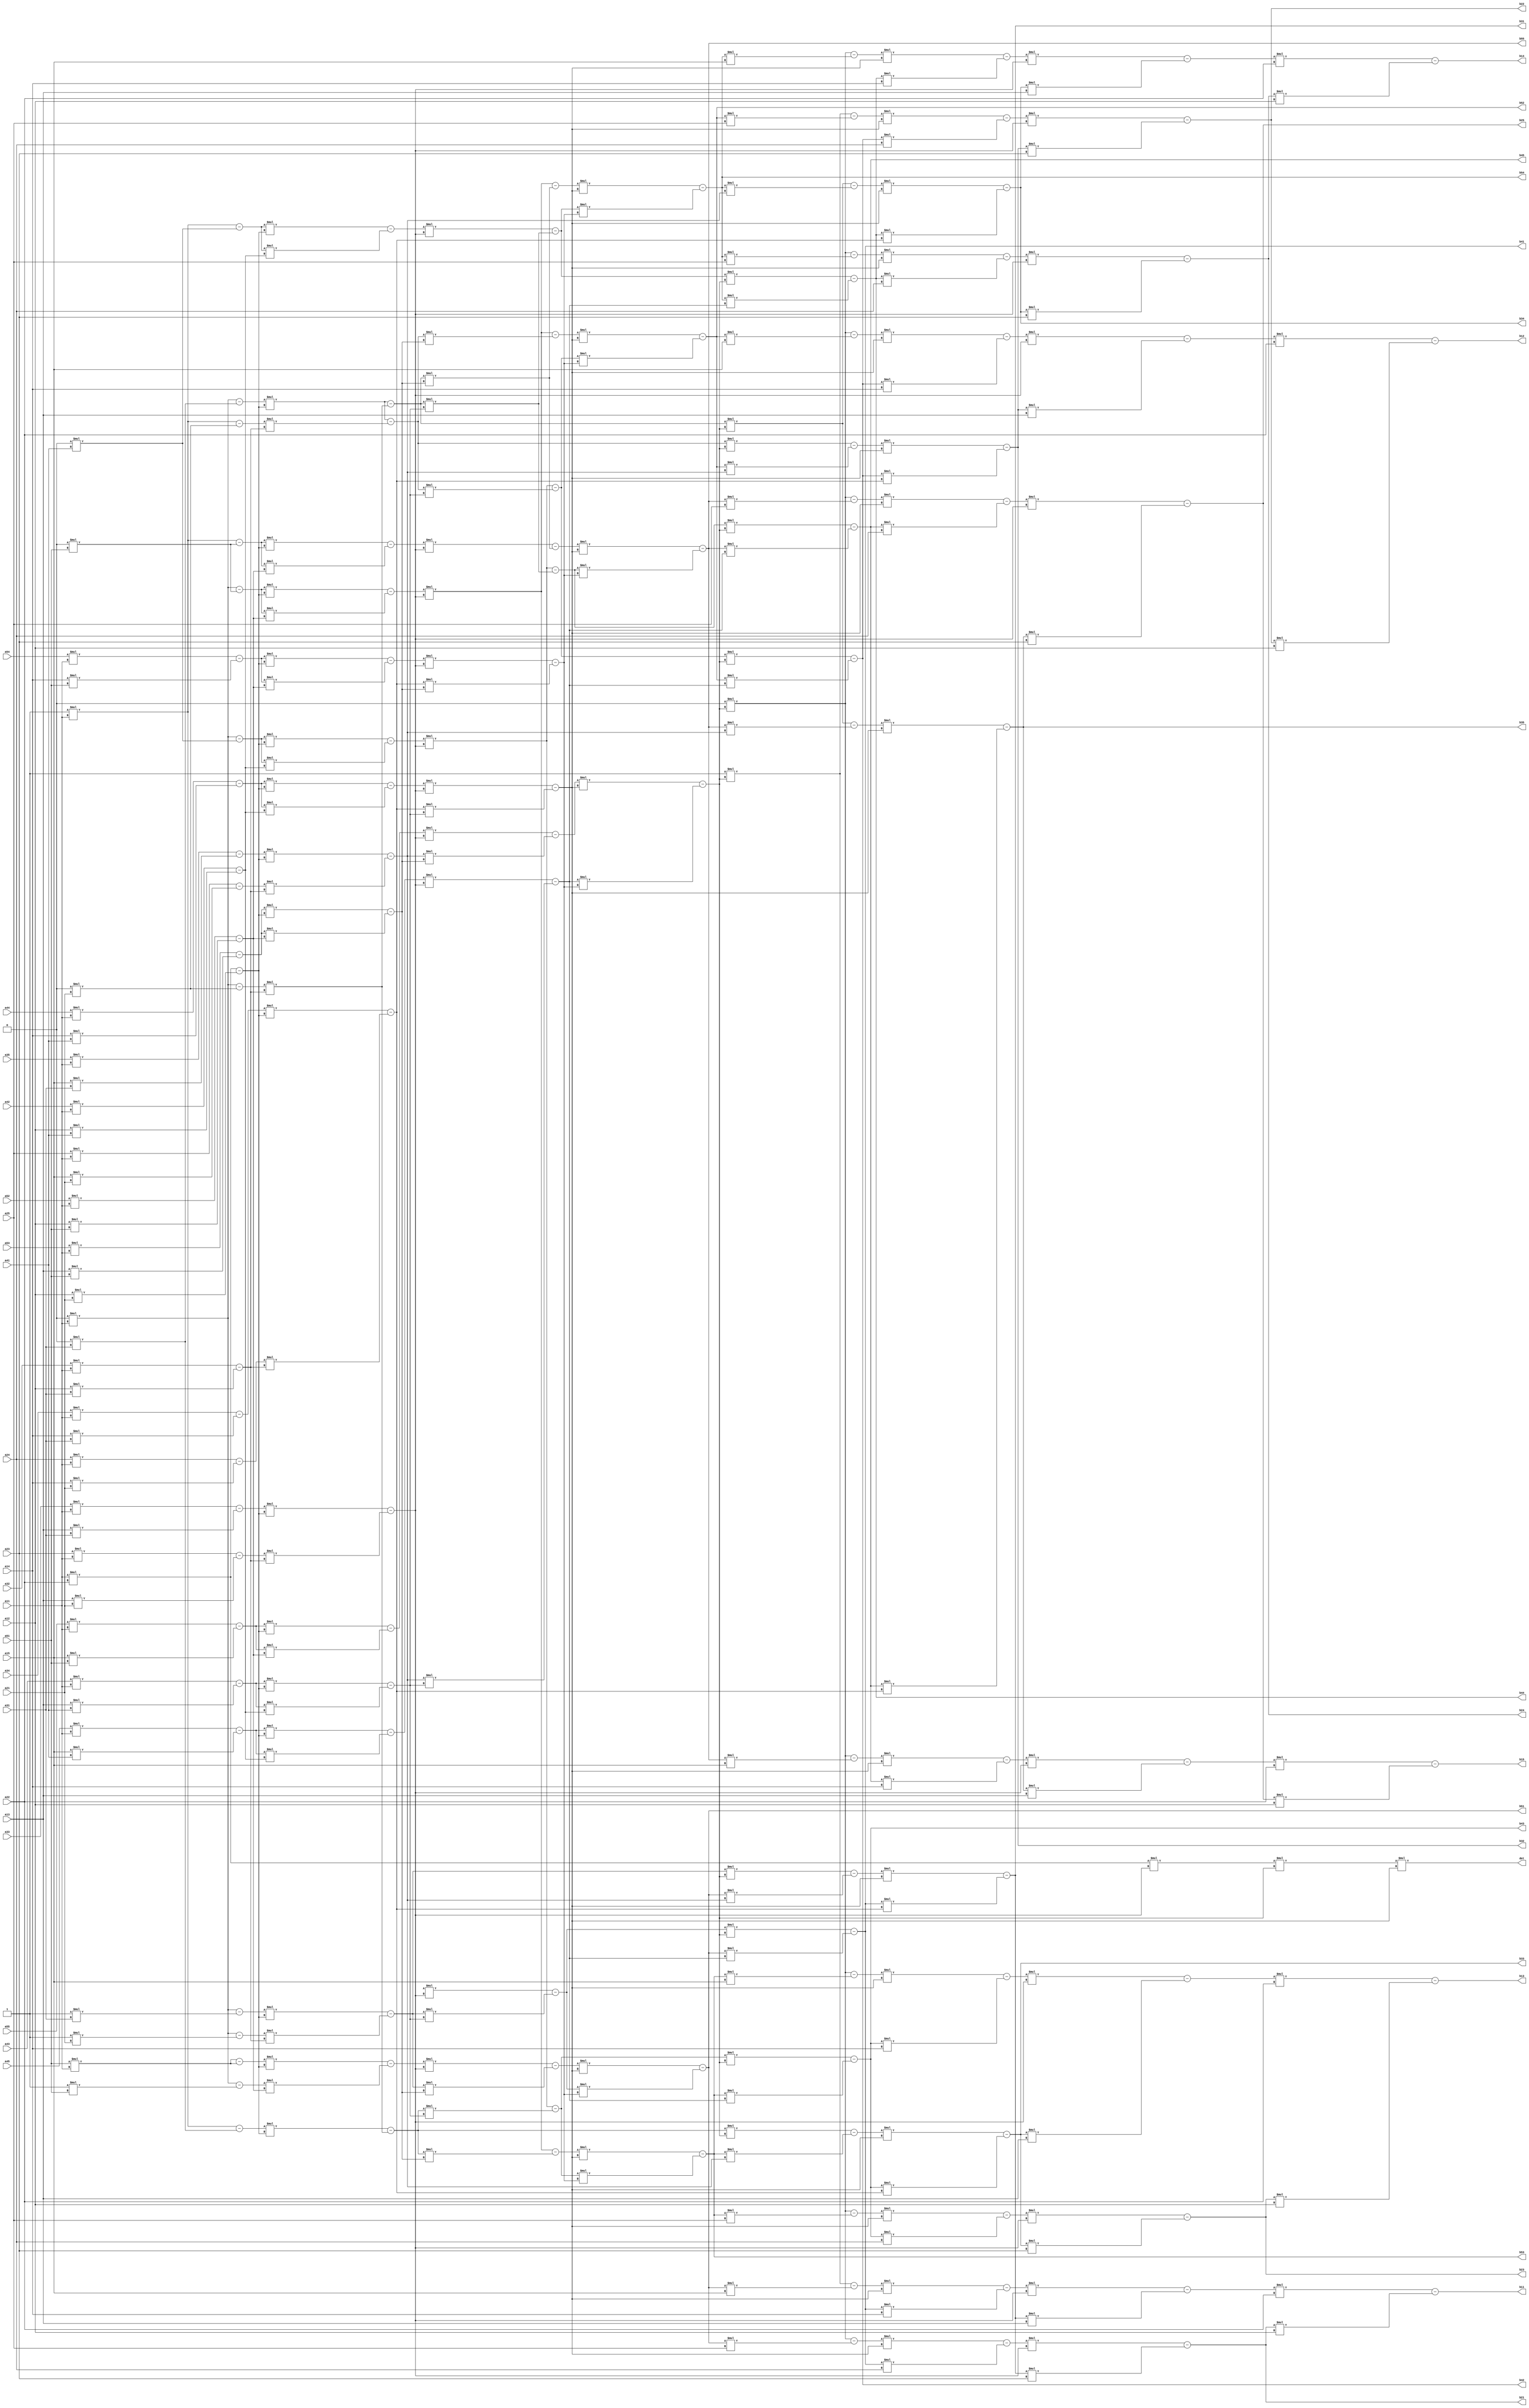
`timescale 1ns / 1ps
//////////////////////////////////////////////////////////////////////////////////
// Aaryan Bhardwaj 
// 201501001
//////////////////////////////////////////////////////////////////////////////////
/*
Editor's Note : 
Please excuse the delay in submission. I was a bit busy with Navratri and Post- Navaratri stuff.
Also, the output still lacks a final step which I don't, yet, know the procedure to. So, the final answer is the augumented Identity matrix when the given matrix reaches the stage aij = * for i = j and 0 for i != j. 
*/
module Inverse(a11, a12, a13, a14, a15, a21, a22, a23, a24, a25, a31, a32, a33, a34, a35, a41, a42, a43, a44, a45, a51, a52, a53, a54, a55, b11, b12, b13, b14, b15, b21, b22, b23, b24, b25, b31, b32, b33, b34, b35, b41, b42, b43, b44, b45, b51, b52, b53, b54, b55, det);

input[19:0] a11, a12, a13, a14, a15, a21, a22, a23, a24, a25, a31, a32, a33, a34, a35, a41, a42, a43, a44, a45, a51, a52, a53, a54, a55;
output[19:0] b11, b12, b13, b14, b15, b21, b22, b23, b24, b25, b31, b32, b33, b34, b35, b41, b42, b43, b44, b45, b51, b52, b53, b54, b55, det;
wire[19:0] ta11, ta12, ta13, ta14, ta15, ta21, ta22, ta23, ta24, ta25, ta31, ta32, ta33, ta34, ta35, ta41, ta42, ta43, ta44, ta45, ta51, ta52, ta53, ta54, ta55;
wire[19:0] i11, i12, i13, i14, i15, i21, i22, i23, i24, i25, i31, i32, i33, i34, i35, i41, i42, i43, i44, i45, i51, i52, i53, i54, i55;
wire[19:0] ti11, ti12, ti13, ti14, ti15, ti21, ti22, ti23, ti24, ti25, ti31, ti32, ti33, ti34, ti35, ti41, ti42, ti43, ti44, ti45, ti51, ti52, ti53, ti54, ti55;
wire[19:0] t1a11, t1a12, t1a13, t1a14, t1a15, t1a21, t1a22, t1a23, t1a24, t1a25, t1a31, t1a32, t1a33, t1a34, t1a35, t1a41, t1a42, t1a43, t1a44, t1a45, t1a51, t1a52, t1a53, t1a54, t1a55;
wire[19:0] t1i11, t1i12, t1i13, t1i14, t1i15, t1i21, t1i22, t1i23, t1i24, t1i25, t1i31, t1i32, t1i33, t1i34, t1i35, t1i41, t1i42, t1i43, t1i44, t1i45, t1i51, t1i52, t1i53, t1i54, t1i55;
wire[19:0] t2a11, t2a12, t2a13, t2a14, t2a15, t2a21, t2a22, t2a23, t2a24, t2a25, t2a31, t2a32, t2a33, t2a34, t2a35, t2a41, t2a42, t2a43, t2a44, t2a45, t2a51, t2a52, t2a53, t2a54, t2a55;
wire[19:0] t2i11, t2i12, t2i13, t2i14, t2i15, t2i21, t2i22, t2i23, t2i24, t2i25, t2i31, t2i32, t2i33, t2i34, t2i35, t2i41, t2i42, t2i43, t2i44, t2i45, t2i51, t2i52, t2i53, t2i54, t2i55;
wire[19:0] t3a11, t3a12, t3a13, t3a14, t3a15, t3a21, t3a22, t3a23, t3a24, t3a25, t3a31, t3a32, t3a33, t3a34, t3a35, t3a41, t3a42, t3a43, t3a44, t3a45, t3a51, t3a52, t3a53, t3a54, t3a55;
wire[19:0] t3i11, t3i12, t3i13, t3i14, t3i15, t3i21, t3i22, t3i23, t3i24, t3i25, t3i31, t3i32, t3i33, t3i34, t3i35, t3i41, t3i42, t3i43, t3i44, t3i45, t3i51, t3i52, t3i53, t3i54, t3i55;
wire[19:0] t4a11, t4a12, t4a13, t4a14, t4a15, t4a21, t4a22, t4a23, t4a24, t4a25, t4a31, t4a32, t4a33, t4a34, t4a35, t4a41, t4a42, t4a43, t4a44, t4a45, t4a51, t4a52, t4a53, t4a54, t4a55;
wire[19:0] t4i11, t4i12, t4i13, t4i14, t4i15, t4i21, t4i22, t4i23, t4i24, t4i25, t4i31, t4i32, t4i33, t4i34, t4i35, t4i41, t4i42, t4i43, t4i44, t4i45, t4i51, t4i52, t4i53, t4i54, t4i55;
wire[19:0] t5a11, t5a12, t5a13, t5a14, t5a15, t5a21, t5a22, t5a23, t5a24, t5a25, t5a31, t5a32, t5a33, t5a34, t5a35, t5a41, t5a42, t5a43, t5a44, t5a45, t5a51, t5a52, t5a53, t5a54, t5a55;
wire[19:0] t5i11, t5i12, t5i13, t5i14, t5i15, t5i21, t5i22, t5i23, t5i24, t5i25, t5i31, t5i32, t5i33, t5i34, t5i35, t5i41, t5i42, t5i43, t5i44, t5i45, t5i51, t5i52, t5i53, t5i54, t5i55;
wire[19:0] t6a11, t6a12, t6a13, t6a14, t6a15, t6a21, t6a22, t6a23, t6a24, t6a25, t6a31, t6a32, t6a33, t6a34, t6a35, t6a41, t6a42, t6a43, t6a44, t6a45, t6a51, t6a52, t6a53, t6a54, t6a55;
wire[19:0] t6i11, t6i12, t6i13, t6i14, t6i15, t6i21, t6i22, t6i23, t6i24, t6i25, t6i31, t6i32, t6i33, t6i34, t6i35, t6i41, t6i42, t6i43, t6i44, t6i45, t6i51, t6i52, t6i53, t6i54, t6i55;
wire[19:0] t7a11, t7a12, t7a13, t7a14, t7a15, t7a21, t7a22, t7a23, t7a24, t7a25, t7a31, t7a32, t7a33, t7a34, t7a35, t7a41, t7a42, t7a43, t7a44, t7a45, t7a51, t7a52, t7a53, t7a54, t7a55;
wire[19:0] t7i11, t7i12, t7i13, t7i14, t7i15, t7i21, t7i22, t7i23, t7i24, t7i25, t7i31, t7i32, t7i33, t7i34, t7i35, t7i41, t7i42, t7i43, t7i44, t7i45, t7i51, t7i52, t7i53, t7i54, t7i55;
wire[19:0] temp1, temp2, temp3, temp4, temp5, temp6, temp7, temp8, temp9, temp10, temp11, temp12, temp13, temp14, temp15, temp16, temp17, temp18;

assign i11 = 20'b1;
assign i12 = 20'b0;
assign i13 = 20'b0;
assign i14 = 20'b0;
assign i15 = 20'b0;
assign i21 = 20'b0;
assign i22 = 20'b1;
assign i23 = 20'b0;
assign i24 = 20'b0;
assign i25 = 20'b0;
assign i31 = 20'b0;
assign i32 = 20'b0;
assign i33 = 20'b1;
assign i34 = 20'b0;
assign i35 = 20'b0;
assign i41 = 20'b0;
assign i42 = 20'b0;
assign i43 = 20'b0;
assign i44 = 20'b1;
assign i45 = 20'b0;
assign i51 = 20'b0;
assign i52 = 20'b0;
assign i53 = 20'b0;
assign i54 = 20'b0;
assign i55 = 20'b1;
//Identity matrix initialized

assign temp1 = a11;

assign temp2 = a21;
assign ta21 = a21*temp1 - a11*temp2;
assign ta22 = a22*temp1 - a12*temp2;
assign ta23 = a23*temp1 - a13*temp2;
assign ta24 = a24*temp1 - a14*temp2;
assign ta25 = a25*temp1 - a15*temp2;
assign ti21 = i21*temp1 - i11*temp2;
assign ti22 = i22*temp1 - i12*temp2;
assign ti23 = i23*temp1 - i13*temp2;
assign ti24 = i24*temp1 - i14*temp2;
assign ti25 = i25*temp1 - i15*temp2;

assign temp3 = a31;
assign ta31 = a31*temp1 - a11*temp3;
assign ta32 = a32*temp1 - a12*temp3;
assign ta33 = a33*temp1 - a13*temp3;
assign ta34 = a34*temp1 - a14*temp3;
assign ta35 = a35*temp1 - a15*temp3;
assign ti31 = i31*temp1 - i11*temp3;
assign ti32 = i32*temp1 - i12*temp3;
assign ti33 = i33*temp1 - i13*temp3;
assign ti34 = i34*temp1 - i14*temp3;
assign ti35 = i35*temp1 - i15*temp3;

assign temp4 = a41;
assign ta41 = a41*temp1 - a11*temp4;
assign ta42 = a42*temp1 - a12*temp4;
assign ta43 = a43*temp1 - a13*temp4;
assign ta44 = a44*temp1 - a14*temp4;
assign ta45 = a45*temp1 - a15*temp4;
assign ti41 = i41*temp1 - i11*temp4;
assign ti42 = i42*temp1 - i12*temp4;
assign ti43 = i43*temp1 - i13*temp4;
assign ti44 = i44*temp1 - i14*temp4;
assign ti45 = i45*temp1 - i15*temp4;

assign temp5 = a51;
assign ta51 = a51*temp1 - a11*temp5;
assign ta52 = a52*temp1 - a12*temp5;
assign ta53 = a53*temp1 - a13*temp5;
assign ta54 = a54*temp1 - a14*temp5;
assign ta55 = a55*temp1 - a15*temp5;
assign ti51 = i51*temp1 - i11*temp5;
assign ti52 = i52*temp1 - i12*temp5;
assign ti53 = i53*temp1 - i13*temp5;
assign ti54 = i54*temp1 - i14*temp5;
assign ti55 = i55*temp1 - i15*temp5;

assign ti11 = i11;
assign ti12 = i12;
assign ti13 = i13;
assign ti14 = i14;
assign ti15 = i15;
assign ta11 = a11;
assign ta12 = a12;
assign ta13 = a13;
assign ta14 = a14;
assign ta15 = a15;
//EF - column 1 = 0

assign temp6 = ta22;

assign temp7 = ta32;
assign t1a31 = ta31*temp6 - ta21*temp7;
assign t1a32 = ta32*temp6 - ta22*temp7;
assign t1a33 = ta33*temp6 - ta23*temp7;
assign t1a34 = ta34*temp6 - ta24*temp7;
assign t1a35 = ta35*temp6 - ta25*temp7;
assign t1i31 = ti31*temp6 - ti21*temp7;
assign t1i32 = ti32*temp6 - ti22*temp7;
assign t1i33 = ti33*temp6 - ti23*temp7;
assign t1i34 = ti34*temp6 - ti24*temp7;
assign t1i35 = ti35*temp6 - ti25*temp7;

assign temp8 = ta42;
assign t1a41 = ta41*temp6 - ta41*temp8;
assign t1a42 = ta42*temp6 - ta42*temp8;
assign t1a43 = ta43*temp6 - ta43*temp8;
assign t1a44 = ta44*temp6 - ta44*temp8;
assign t1a45 = ta45*temp6 - ta45*temp8;
assign t1a41 = ti41*temp6 - ti41*temp8;
assign t1i42 = ti42*temp6 - ti42*temp8;
assign t1i43 = ti43*temp6 - ti43*temp8;
assign t1i44 = ti44*temp6 - ti44*temp8;
assign t1i45 = ti45*temp6 - ti45*temp8;

assign temp9 = ta52;
assign t1a51 = ta51*temp6 - ta51*temp9;
assign t1a52 = ta52*temp6 - ta52*temp9;
assign t1a53 = ta53*temp6 - ta53*temp9;
assign t1a54 = ta54*temp6 - ta54*temp9;
assign t1a55 = ta55*temp6 - ta55*temp9;
assign t1i51 = ta51*temp6 - ti51*temp9;
assign t1i52 = ti52*temp6 - ti52*temp9;
assign t1i53 = ti53*temp6 - ti53*temp9;
assign t1i54 = ti54*temp6 - ti54*temp9;
assign t1i55 = ti55*temp6 - ti55*temp9;

assign t1a11 = a11;
assign t1a12 = a12;
assign t1a13 = a13;
assign t1a14 = a14;
assign t1a15 = a15;
assign t1a21 = a21;
assign t1a22 = a22;
assign t1a23 = a23;
assign t1a24 = a24;
assign t1a25 = a25;
assign t1i11 = i11;
assign t1i12 = i12;
assign t1i13 = i13;
assign t1i14 = i14;
assign t1i15 = i15;
assign t1i21 = i21;
assign t1i22 = i22;
assign t1i23 = i23;
assign t1i24 = i24;
assign t1i25 = i25;
//EF - column 2 = 0

assign temp10 = t1a33;

assign temp11 = t1a43;
assign t2a41 = t1a41*temp10 - t1a31*temp11;
assign t2a42 = t1a42*temp10 - t1a32*temp11;
assign t2a43 = t1a43*temp10 - t1a33*temp11;
assign t2a44 = t1a44*temp10 - t1a34*temp11;
assign t2a45 = t1a45*temp10 - t1a35*temp11;
assign t2i41 = t1i41*temp10 - t1i31*temp11;
assign t2i42 = t1i42*temp10 - t1i32*temp11;
assign t2i43 = t1i43*temp10 - t1i33*temp11;
assign t2i44 = t1i44*temp10 - t1i34*temp11;
assign t2i45 = t1i45*temp10 - t1i35*temp11;

assign temp12 = t1a53;
assign t2a51 = t1a51*temp10 - t1a31*temp12;
assign t2a52 = t1a52*temp10 - t1a32*temp12;
assign t2a53 = t1a53*temp10 - t1a33*temp12;
assign t2a54 = t1a54*temp10 - t1a34*temp12;
assign t2a55 = t1a55*temp10 - t1a35*temp12;
assign t2i51 = t1i51*temp10 - t1i31*temp12;
assign t2i52 = t1i52*temp10 - t1i32*temp12;
assign t2i53 = t1i53*temp10 - t1i33*temp12;
assign t2i54 = t1i54*temp10 - t1i34*temp12;
assign t2i55 = t1i55*temp10 - t1i35*temp12;

assign t2a11 = t1a11;
assign t2a12 = t1a12;
assign t2a13 = t1a13;
assign t2a14 = t1a14;
assign t2a15 = t1a15;
assign t2a21 = t1a21;
assign t2a22 = t1a22;
assign t2a23 = t1a23;
assign t2a24 = t1a24;
assign t2a25 = t1a25;
assign t2a31 = t1a31;
assign t2a32 = t1a32;
assign t2a33 = t1a33;
assign t2a34 = t1a34;
assign t2a35 = t1a35;
assign t2i11 = t1i11;
assign t2i12 = t1i12;
assign t2i13 = t1i13;
assign t2i14 = t1i14;
assign t2i15 = t1i15;
assign t2i21 = t1i21;
assign t2i22 = t1i22;
assign t2i23 = t1i23;
assign t2i24 = t1i24;
assign t2i25 = t1i25;
assign t2i31 = t1i31;
assign t2i32 = t1i32;
assign t2i33 = t1i33;
assign t2i34 = t1i34;
assign t2i35 = t1i35;
//EF - column 3 = 0

assign temp13 = t2a44;

assign temp14 = t2a54;
assign t3a51 = t2a51*temp13 - t2a41*temp14;
assign t3a52 = t2a52*temp13 - t2a42*temp14;
assign t3a53 = t2a53*temp13 - t2a43*temp14;
assign t3a54 = t2a54*temp13 - t2a44*temp14;
assign t3a55 = t2a55*temp13 - t2a45*temp14;
assign t3i51 = t2i51*temp13 - t2i41*temp14;
assign t3i52 = t2i52*temp13 - t2i42*temp14;
assign t3i53 = t2i53*temp13 - t2i43*temp14;
assign t3i54 = t2i54*temp13 - t2i44*temp14;
assign t3i55 = t2i55*temp13 - t2i45*temp14;

assign t3a11 = t2a11;
assign t3a12 = t2a12;
assign t3a13 = t2a13;
assign t3a14 = t2a14;
assign t3a15 = t2a15;
assign t3a21 = t2a21;
assign t3a22 = t2a22;
assign t3a23 = t2a23;
assign t3a24 = t2a24;
assign t3a25 = t2a25;
assign t3a31 = t2a31;
assign t3a32 = t2a32;
assign t3a33 = t2a33;
assign t3a34 = t2a34;
assign t3a35 = t2a35;
assign t3a41 = t2a41;
assign t3a42 = t2a42;
assign t3a43 = t2a43;
assign t3a44 = t2a44;
assign t3a45 = t2a45;
assign t3i11 = t2i11;
assign t3i12 = t2i12;
assign t3i13 = t2i13;
assign t3i14 = t2i14;
assign t3i15 = t2i15;
assign t3i21 = t2i21;
assign t3i22 = t2i22;
assign t3i23 = t2i23;
assign t3i24 = t2i24;
assign t3i25 = t2i25;
assign t3i31 = t2i31;
assign t3i32 = t2i32;
assign t3i33 = t2i33;
assign t3i34 = t2i34;
assign t3i35 = t2i35;
assign t3i41 = t2i41;
assign t3i42 = t2i42;
assign t3i43 = t2i43;
assign t3i44 = t2i44;
assign t3i45 = t2i45;
//EF achieved - column 4 = 0

assign det = t3a11 * t3a22 * t3a33 * t3a55 * t3a44; 
//Determinant

assign t4i45 = t3i45*t3a55 - t3i55*t3a45;
assign t4i44 = t3i44*t3a55 - t3i54*t3a45;
assign t4i43 = t3i43*t3a55 - t3i53*t3a45;
assign t4i42 = t3i42*t3a55 - t3i52*t3a45;
assign t4i41 = t3i41*t3a55 - t3i51*t3a45;

assign t4i35 = t3i35*t3a55 - t3i55*t3a35;
assign t4i34 = t3i34*t3a55 - t3i54*t3a35;
assign t4i33 = t3i33*t3a55 - t3i53*t3a35;
assign t4i32 = t3i32*t3a55 - t3i52*t3a35;
assign t4i31 = t3i31*t3a55 - t3i51*t3a35;

assign t4i25 = t3i25*t3a55 - t3i55*t3a25;
assign t4i24 = t3i24*t3a55 - t3i54*t3a25;
assign t4i23 = t3i23*t3a55 - t3i53*t3a25;
assign t4i22 = t3i22*t3a55 - t3i52*t3a25;
assign t4i21 = t3i21*t3a55 - t3i51*t3a25;

assign t4i15 = t3i15*t3a55 - t3i55*t3a15;
assign t4i14 = t3i14*t3a55 - t3i54*t3a15;
assign t4i13 = t3i13*t3a55 - t3i53*t3a15;
assign t4i12 = t3i12*t3a55 - t3i52*t3a15;
assign t4i11 = t3i11*t3a55 - t3i51*t3a15;

assign t4i51 = t3i51;
assign t4i52 = t3i52;
assign t4i53 = t3i53;
assign t4i54 = t3i54;
assign t4i55 = t3i55;
//RREF - column 5 = 0

assign t5i35 = t4i35*t3a44 - t4i45*t3a34;
assign t5i34 = t4i34*t3a44 - t4i44*t3a34;
assign t5i33 = t4i33*t3a44 - t4i43*t3a34;
assign t5i32 = t4i32*t3a44 - t4i42*t3a34;
assign t5i31 = t4i31*t3a44 - t4i41*t3a34;

assign t5i25 = t4i25*t3a44 - t4i45*t3a24;
assign t5i24 = t4i24*t3a44 - t4i44*t3a24;
assign t5i23 = t4i23*t3a44 - t4i43*t3a24;
assign t5i22 = t4i22*t3a44 - t4i42*t3a24;
assign t5i21 = t4i21*t3a44 - t4i41*t3a24;

assign t5i15 = t4i15*t3a44 - t4i45*t3a14;
assign t5i14 = t4i14*t3a44 - t4i44*t3a14;
assign t5i13 = t4i13*t3a44 - t4i43*t3a14;
assign t5i12 = t4i12*t3a44 - t4i42*t3a14;
assign t5i11 = t4i11*t3a44 - t4i41*t3a14;

assign t5i51 = t4i51;
assign t5i52 = t4i52;
assign t5i53 = t4i53;
assign t5i54 = t4i54;
assign t5i55 = t4i55;
assign t5i41 = t4i41;
assign t5i42 = t4i42;
assign t5i43 = t4i43;
assign t5i44 = t4i44;
assign t5i45 = t4i45;
//RREF - column 4 = 0

assign t6i25 = t5i25*t3a33 - t5i35*t3a23;
assign t6i24 = t5i24*t3a33 - t5i34*t3a23;
assign t6i23 = t5i23*t3a33 - t5i33*t3a23;
assign t6i22 = t5i22*t3a33 - t5i32*t3a23;
assign t6i21 = t5i21*t3a33 - t5i31*t3a23;

assign t6i15 = t5i15*t3a33 - t5i35*t3a13;
assign t6i14 = t5i14*t3a33 - t5i34*t3a13;
assign t6i13 = t5i13*t3a33 - t5i33*t3a13;
assign t6i12 = t5i12*t3a33 - t5i32*t3a13;
assign t6i11 = t5i11*t3a33 - t5i31*t3a13;

assign t6i51 = t5i51;
assign t6i52 = t5i52;
assign t6i53 = t5i53;
assign t6i54 = t5i54;
assign t6i55 = t5i55;
assign t6i41 = t5i41;
assign t6i42 = t5i42;
assign t6i43 = t5i43;
assign t6i44 = t5i44;
assign t6i45 = t5i45;
assign t6i31 = t5i31;
assign t6i32 = t5i32;
assign t6i33 = t5i33;
assign t6i34 = t5i34;
assign t6i35 = t5i35;
//RREF - column 3 = 0

assign t7i15 = t6i15*t3a22 - t6i25*t3a12;
assign t7i14 = t6i14*t3a22 - t6i24*t3a12;
assign t7i13 = t6i13*t3a22 - t6i23*t3a12;
assign t7i12 = t6i12*t3a22 - t6i22*t3a12;
assign t7i11 = t6i11*t3a22 - t6i21*t3a12;

assign t7i51 = t6i51;
assign t7i52 = t6i52;
assign t7i53 = t6i53;
assign t7i54 = t6i54;
assign t7i55 = t6i55;
assign t7i41 = t6i41;
assign t7i42 = t6i42;
assign t7i43 = t6i43;
assign t7i44 = t6i44;
assign t7i45 = t6i45;
assign t7i31 = t6i31;
assign t7i32 = t6i32;
assign t7i33 = t6i33;
assign t7i34 = t6i34;
assign t7i35 = t6i35;
assign t7i21 = t6i21;
assign t7i22 = t6i22;
assign t7i23 = t6i23;
assign t7i24 = t6i24;
assign t7i25 = t6i25;
//RREF achieved - column 2 = 0

assign b51 = t7i51;
assign b52 = t7i52;
assign b53 = t7i53;
assign b54 = t7i54;
assign b55 = t7i55;
assign b41 = t7i41;
assign b42 = t7i42;
assign b43 = t7i43;
assign b44 = t7i44;
assign b45 = t7i45;
assign b31 = t7i31;
assign b32 = t7i32;
assign b33 = t7i33;
assign b34 = t7i34;
assign b35 = t7i35;
assign b21 = t7i21;
assign b22 = t7i22;
assign b23 = t7i23;
assign b24 = t7i24;
assign b25 = t7i25;
assign b11 = t7i11;
assign b12 = t7i12;
assign b13 = t7i13;
assign b14 = t7i14;
assign b15 = t7i15;

endmodule